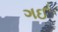
ગઈ